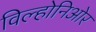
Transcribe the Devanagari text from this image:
विल्होनिओर